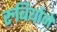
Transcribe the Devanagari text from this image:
रुबियोने